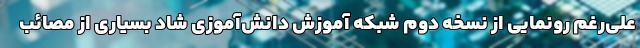
علی‌رغم رونمایی از نسخه دوم شبکه آموزش دانش‌آموزی شاد بسیاری از مصائب